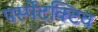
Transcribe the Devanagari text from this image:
पर्स्पेटक्टिव